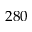
2 8 0